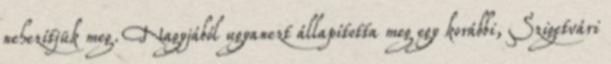
nehezítjük meg. Nagyjából ugyanezt állapította meg egy korábbi, Szigetvári